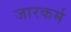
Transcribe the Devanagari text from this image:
जारकर्म